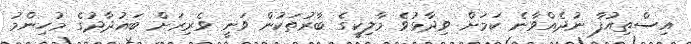
އިސްތިއުފާ ނުދެއްވާނެ ކަމަށް ވިދާޅުވެ މާލިކީގެ ބާރުތަކުން ވަނީ ވެރިރަށް ބަޣުދާދުގެ މުހިންމު